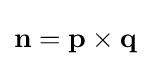
\mathbf {n} =\mathbf {p} \times \mathbf {q}